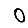
Digit: 0